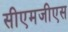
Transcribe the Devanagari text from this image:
सीएमजीएस